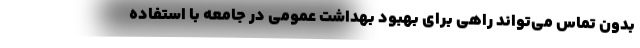
بدون تماس می‌تواند راهی برای بهبود بهداشت عمومی در جامعه با استفاده